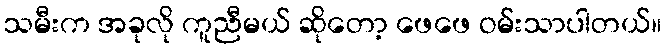
သမီးက အခုလို ကူညီမယ် ဆိုတော့ ဖေဖေ ဝမ်းသာပါတယ်။